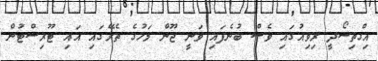
އިގްތިސޯދީ ރިވިއުގައި ވެސް ބުނެފައި ވަނީ ޖޫން މަހުގެ ތެރޭގައި އައި ޓޫރިސްޓުން